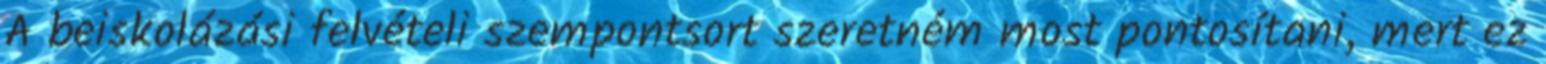
A beiskolázási felvételi szempontsort szeretném most pontosítani, mert ez